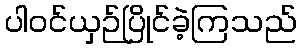
ပါဝင်ယှဉ်ပြိုင်ခဲ့ကြသည်